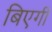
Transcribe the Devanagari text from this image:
बिएगी